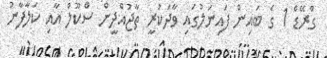
ގްރޭޑް 1 ގެ ބައިން ފައިނަލުގައި ވާދަކުރީ ތާޖުއްދީން ސްކޫލް އާއި ކަލާފާނު